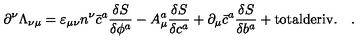
\partial ^ { \nu } \Lambda _ { \nu \mu } = \varepsilon _ { \mu \nu } n ^ { \nu } \bar { c } ^ { a } \frac { \delta S } { \delta \phi ^ { a } } - A _ { \mu } ^ { a } \frac { \delta S } { \delta c ^ { a } } + \partial _ { \mu } \bar { c } ^ { a } \frac { \delta S } { \delta b ^ { a } } + \mathrm { t o t a l d e r i v . } \quad .